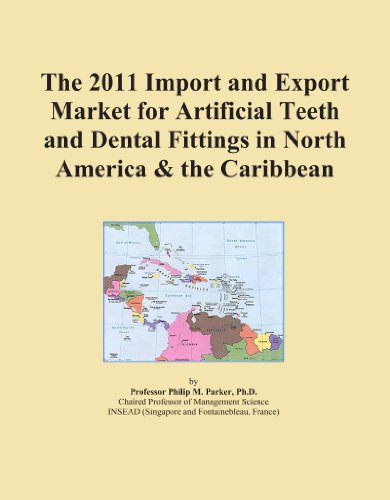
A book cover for The 2011 Import and Export Market for Artificial Teeth and Dental Fittings in North America & the Caribbean; Icon Group International; Medical Books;